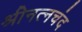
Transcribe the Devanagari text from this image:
श्रीनत्नचंद